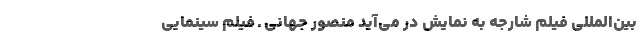
بين‌المللى فيلم شارجه به نمایش در می‌آید منصور جهانی ـ فيلم سينمایی